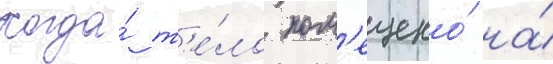
Когда́ т'е́ло пом'ещено́ на́